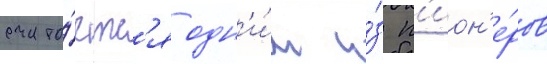
счита́етс'я одн'и́м и́з п'ион'е́ров